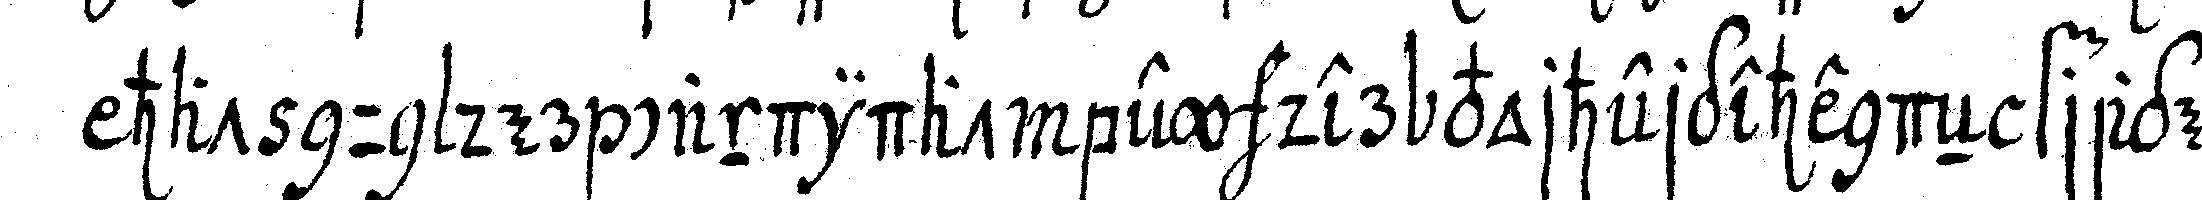
hat nun der candidat bey der vorherghendeN frage